Medical and sanitary report of the native army of Bengal for the year
Year: 1878
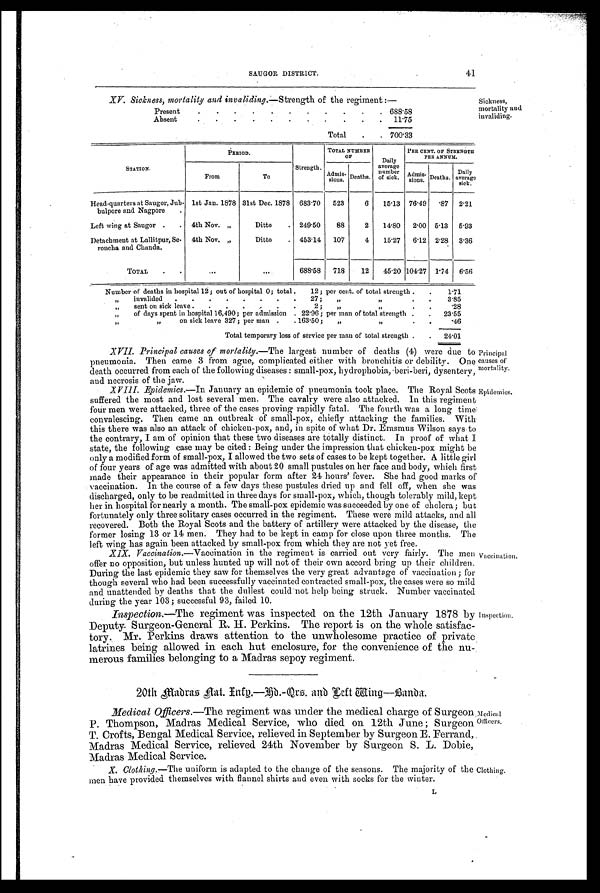
SAUGOR DISTRICT.
41
XV. Sickness, mortality and invaliding. —Strength of the regiment :—
Sickness,
mortality and
invaliding.
Present
. . . . . .
.
. 688.58
Absent
.
.
.
.
. . . . .
.
. 11.75
Total . . 700.33
PERIOD.
TOTAL NUMBER
O F
Daily
average number
of sick.
PER CENT. OF STRENGTH
PER ANNUM.
STATION.
From
To
Strength. Admis- sions. Deaths.
Admis- sions Deaths. Daily
average sick.
Head-quarters at Saugor, Jub-
bulpore and Nagpore .
1st Jan. 1878 31st Dec. 1878 683.70 523
6 15.13 76.49 .87 2.21
Left wing at Saugor . . 4th Nov. „
Ditto . 249.50
88
2 14.80 2.00 5.13 5.93
Detachment at Lallitpur, Se-
roncha and Chanda.
4th Nov. „
Ditto . 453.14 107
4 15.27 6.12 2.28 3.36
TOTAL
. .
. . .
. . . 688.58 718
12 45.20 104.27 1.74 6.56
Number of deaths in hospital 12; out of hospital 0; total .
12 ; per cent. of total strength . . 1.71
„ invalided . .
. . . . . . 27 ; „ „
. . 3.85
„ sent on sick leave . . .
. . . . 2 ; „
„
.
.28
„ of days spent in hospital 16,490 ; per admission . 22.96 ; per man of total strength . . 23.55
„
„
on sick leave 327 ; per man . . 163.50 ; „
„
.46
Total temporary loss of service per man of total strength .
. 24.01
XVII. Principal causes of mortality.—The largest number of deaths (4) were due to
pneumonia. Then came 3 from ague, complicated either with bronchitis or debility. One
death occurred from each of the following diseases : small-pox, hydrophobia, beri-beri, dysentery,
and necrosis of the jaw.
XVIII. Epidemics.—In January an epidemic of pneumonia took place. The Royal Scots
suffered the most and lost several men. The cavalry were also attacked. In this regiment
four men were attacked, three of the cases proving rapidly fatal. The fourth was a long time
convalescing. Then came an outbreak of small-pox, chiefly attacking the families. With
this there was also an attack of chicken-pox, and, in spite of what Dr. Erasmus Wilson says to
the contrary, I am of opinion that these two diseases are totally distinct. In proof of what I
state, the following case may be cited : Being under the impression that chicken-pox might be
only a modified form of small-pox, I allowed the two sets of cases to be kept together. A little girl
of four years of age was admitted with about 20 small pustules on her face and body, which first
made their appearance in their popular form after 24 hours' fever. She had good marks of
vaccination. In the course of a few days these pustules dried up and fell off, when she was
discharged, only to be readmitted in three days for small-pox, which, though tolerably mild, kept
her in hospital for nearly a month. The small-pox epidemic was succeeded by one of cholera; but
fortunately only three solitary cases occurred in the regiment. These were mild attacks, and all
recovered. Both the Royal Scots and the battery of artillery were attacked by the disease, the
former losing 13 or 14 men. They had to be kept in camp for close upon three months. The
left wing has again been attacked by small-pox from which they are not yet free.
XIX. Vaccination.—Vaccination in the regiment is carried out very fairly. The men
offer no opposition, but unless hunted up will not of their own accord bring up their children.
During the last epidemic they saw for themselves the very great advantage of vaccination ; for
though several who had been successfully vaccinated contracted small-pox, the cases were so mild
and unattended by deaths that the dullest could not help being struck. Number vaccinated
during the year 103; successful 93, failed 10.
Inspection.—The regiment was inspected on the 12th January 1878 by
Deputy Surgeon-General R. H. Perkins. The report is on the whole satisfac
-
tory. Mr. Perkins draws attention to the unwholesome practice of private
latrines being allowed in each hut enclosure, for the convenience of the nu
-
merous families belonging to a Madras sepoy regiment.
20th Madras Aat. Entq.—Kd.- Qrs. and Left wing—Banda.
Medical Officers.— T h e r e g i m e n t w a s u n d e r t h e m e d i c a l c h a r g e o f S u r g e o n .
P. Thompson, Madras Medical Service, who died on 12th June ; Surgeon
T. Crofts, Bengal Medical Service, relieved in September by Surgeon E. Ferrand,
Madras Medical Service, relieved 24th November by Surgeon S. L. Dobie,
Madras Medical Service.
X. Clothing.—The uniform is adapted to the change of the seasons. The majority of the
Clothing.
men have provided themselves with flannel shirts and even with socks for the winter.
L
Principal
causes of
mortality.
Epidemics.
Vaccination.
Inspection.
Medical
Officers.